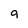
Character: 9